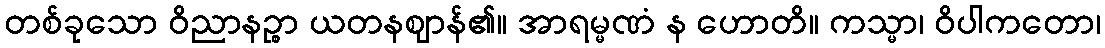
တစ်ခုသော ဝိညာနဉ္စာ ယတနဈာန်၏။ အာရမ္မဏံ န ဟောတိ။ ကသ္မာ၊ ဝိပါကတော၊